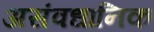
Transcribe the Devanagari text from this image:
असंवधानिक